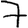
Digit: 7